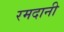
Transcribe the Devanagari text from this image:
रमदानी